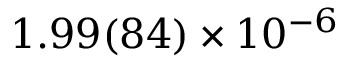
1 . 9 9 ( 8 4 ) \times 1 0 ^ { - 6 }